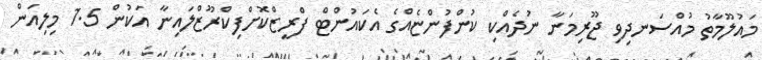
މައުލޫމާތު މުއްސަނދިވި ޖޫރިމަނާ ނުދެއްކި ކުންފުންޏެއްގެ އެކައުންޓް ފްރީޒްކޮށްފިކްރޫޒްލައިނާ އަކުން 1.5 މިލިއަން